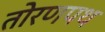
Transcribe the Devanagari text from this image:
तोरणपथ